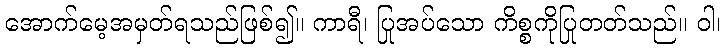
အောက်မေ့အမှတ်ရသည်ဖြစ်၍။ ကာရီ၊ ပြုအပ်သော ကိစ္စကိုပြုတတ်သည်။ ဝါ၊